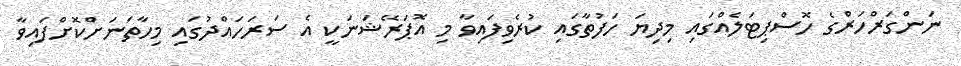
ނަންގަރްހަރްގެ ހޮސްޕިޓަލެއްގައި މިދިޔަ ހަފުތާގައި ކުރެވިފައިވާ މި އޮޕަރޭޝަނަކީ އެ ސަރަހައްދުގައި މިހާތަނަށްކޮށްފައިވާ